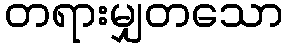
တရားမျှတသော